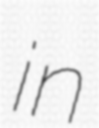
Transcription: in